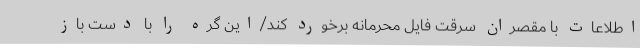
اطلاعات با مقصران سرقت فایل محرمانه برخورد کند/این گره را با دست باز